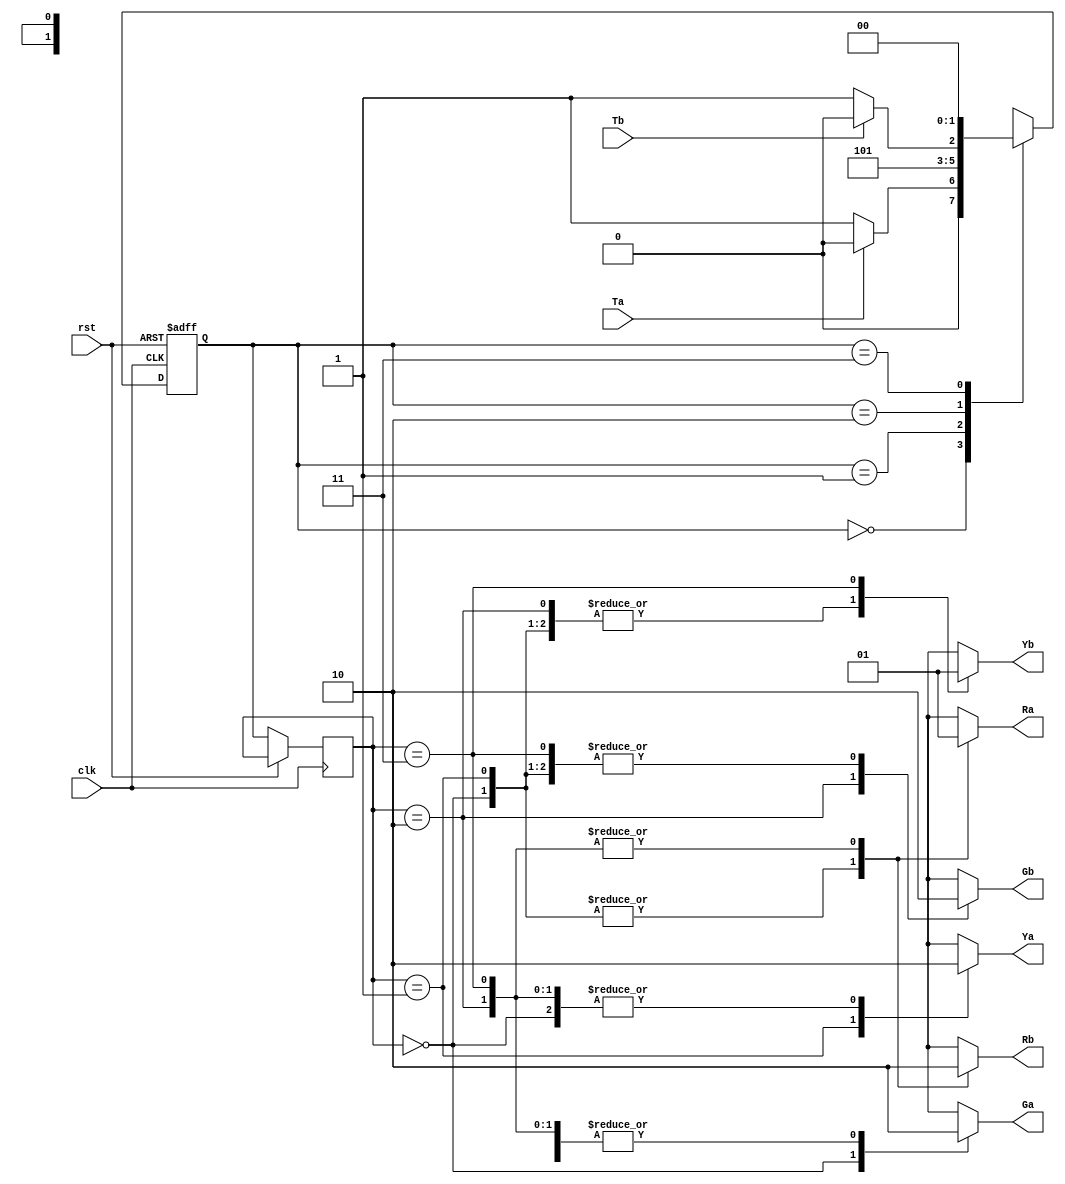
module traffic_light_controller(input clk,rst,Ta,Tb,
						 output Ra,Ya,Ga,Rb,Gb,Yb);
	reg [1:0] state,n_state,c_state;//Typedef gives an error of syntax hence I used this.
	parameter s0 = 2'b00;
	parameter s1 = 2'b01;
	parameter s2 = 2'b10;
	parameter s3 = 2'b11;
	always@(posedge clk,posedge rst)
		if(rst) state <= s0;
		else 
			begin
				c_state <= state;//current state.
				state   <= n_state;//next state.
			end
	reg Ra1,Ya1,Ga1,Rb1,Yb1,Gb1;
	always@(*)
			begin
				case(state)
				 s0:begin
					 if(Ta) n_state = s0;
					 else   n_state = s1;
					end
				 s1:begin
					 n_state = s2;
				 end
				 s2:begin
					 if(Tb) n_state = s2;
					 else   n_state = s3;
				 end				  
				 s3:begin
					 n_state = s0;
				 end
			 endcase
		 end
		 always@(*)
				begin
					case(c_state)
					s0:begin
					 	Ra1 = 0;
					 	Ya1 = 0;
					 	Ga1 = 1;
					 	Rb1 = 1;
					 	Yb1 = 0;
					 	Gb1 = 0;
					end
					s1:begin
					 Ra1 = 0;
					 Ya1 = 1;
					 Ga1 = 0;
					 Rb1 = 1;
					 Yb1 = 0;
					 Gb1 = 0;
				  end
					s2:begin
					 Ra1 = 1;
					 Ya1 = 0;
					 Ga1 = 0;
					 Rb1 = 0;
					 Yb1 = 0;
					 Gb1 = 1;
				  end
					s3:begin
					 Ra1 = 1;
					 Ya1 = 0;
					 Ga1 = 0;
					 Rb1 = 0;
					 Yb1 = 1;
					 Gb1 = 0;
				  end
				endcase
			end
		 assign Ra = Ra1;
		 assign Rb = Rb1;
		 assign Ya = Ya1;
		 assign Yb = Yb1;
		 assign Ga = Ga1;
		 assign Gb = Gb1;
endmodule